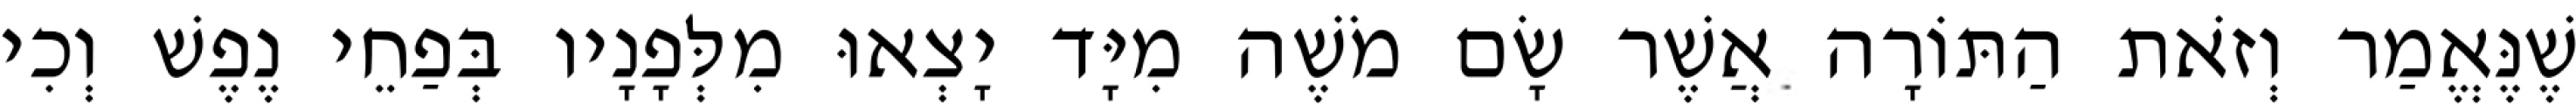
שֶׁנֶּאֱמַר וְזֹאת הַתּוֹרָה אֲשֶׁר שָׂם מֹשֶׁה מִיָּד יָצְאוּ מִלְּפָנָיו בְּפַחֵי נֶפֶשׁ וְכִי